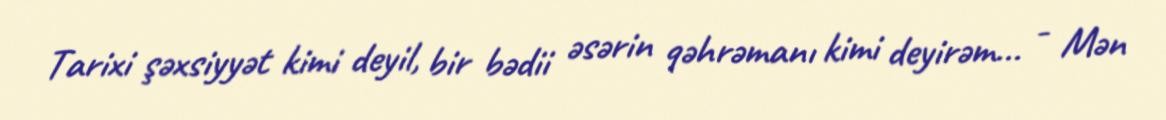
Tarixi şəxsiyyət kimi deyil, bir bədii əsərin qəhrəmanı kimi deyirəm... - Mən